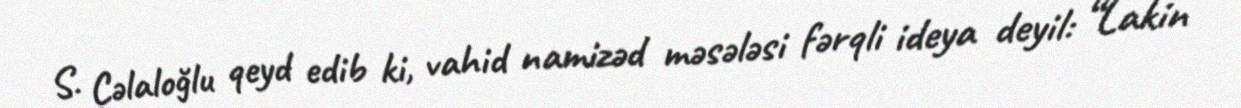
S. Cəlaloğlu qeyd edib ki, vahid namizəd məsələsi fərqli ideya deyil: “Lakin